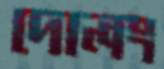
দোলং